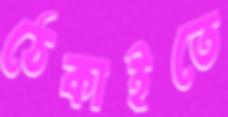
ঠেকাইতে